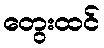
တွေးထင်